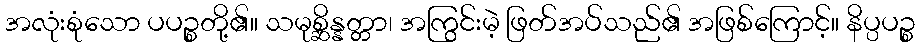
အလုံးစုံသော ပပဉ္စတို့၏။ သမုစ္ဆိန္နတ္တာ၊ အကြွင်းမဲ့ ဖြတ်အပ်သည်၏ အဖြစ်ကြောင့်။ နိပ္ပပဉ္စ